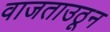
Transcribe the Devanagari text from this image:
वाजताउठून